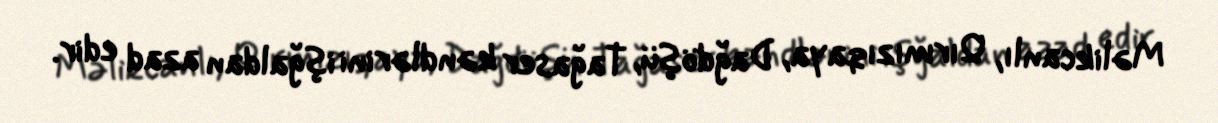
Məlikcanlı, Qırmızıqaya, Dağdöşü, Tağaser kəndlərini işğaldan azad edir.